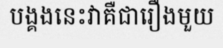
បង្គងនេះវាគឺជារឿងមួយ